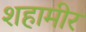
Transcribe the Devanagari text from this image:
शहामीर